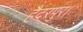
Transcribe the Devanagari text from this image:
हैदरपुर।